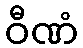
ဝီဏံ